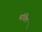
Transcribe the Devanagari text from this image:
मॉघैम